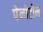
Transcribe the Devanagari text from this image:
पेनोटोन